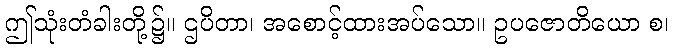
ဤသုံးတံခါးတို့၌။ ဌပိတာ၊ အစောင့်ထားအပ်သော။ ဥပဇောတိယော စ၊